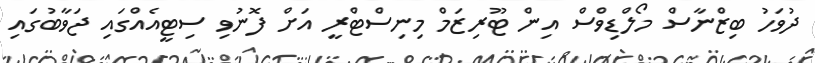
ދުވަހު ބިޒްނާސް މޯލްޑިވްސް އިން ޓޫރިޒަމް މިނިސްޓްރީ އަށް ފޮނުވި ސިޓީއެއްގައި ޖަވާބުގައި